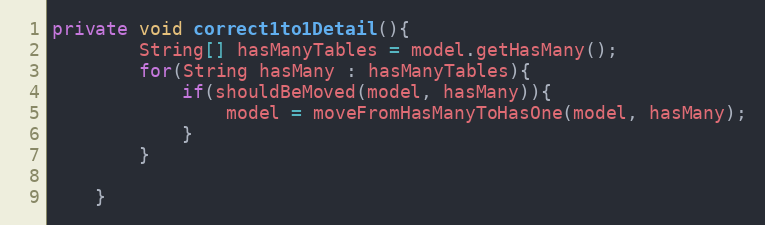
Language: Java
private void correct1to1Detail(){
		String[] hasManyTables = model.getHasMany();
		for(String hasMany : hasManyTables){
			if(shouldBeMoved(model, hasMany)){
				model = moveFromHasManyToHasOne(model, hasMany);
			}
		}

	}